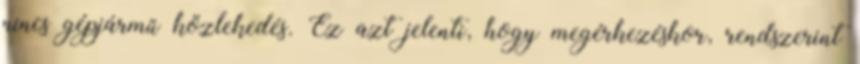
nincs gépjármű közlekedés. Ez azt jelenti, hogy megérkezéskor, rendszerint